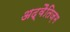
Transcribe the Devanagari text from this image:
अद्वैतिज़म